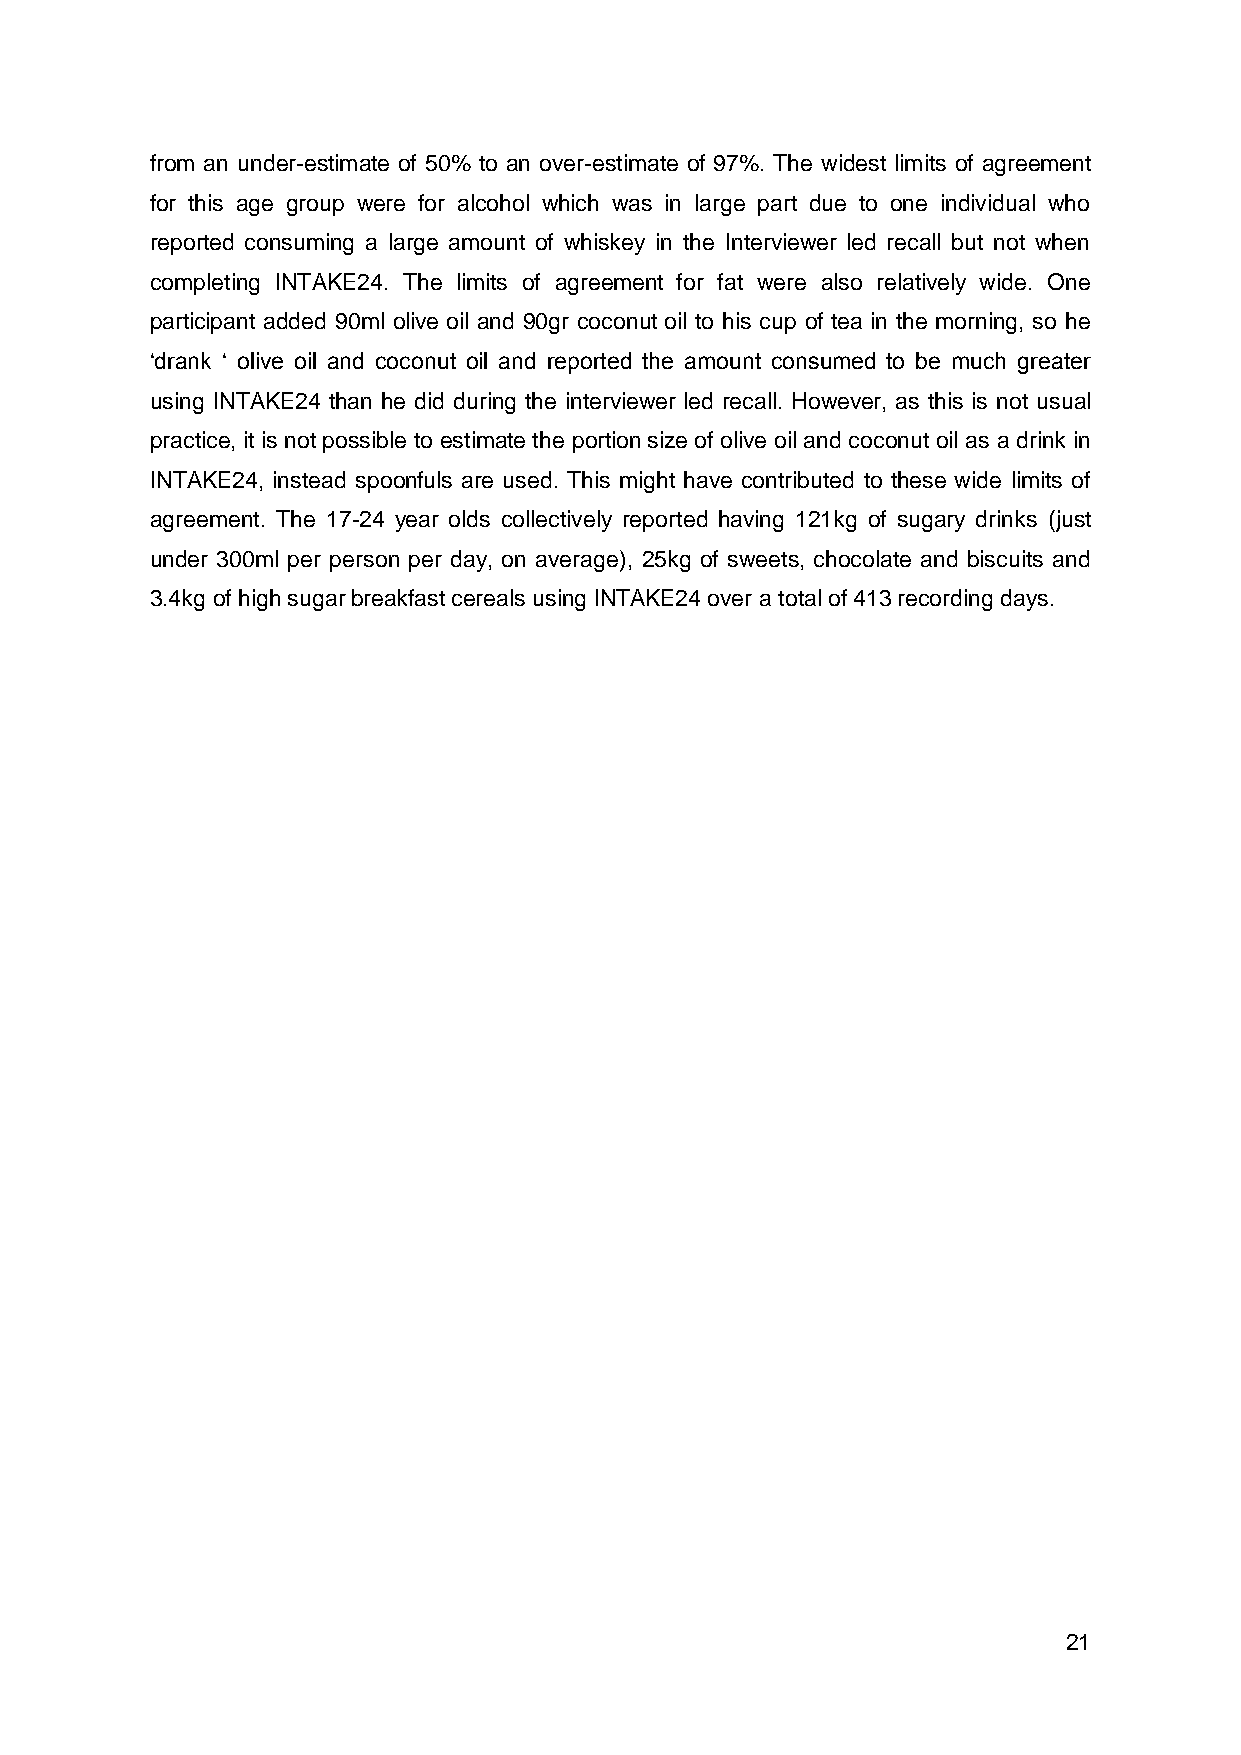
from an under-estimate of 50% to an over-estimate of 97%. The widest limits of agreement
 for this age group were for alcohol which was in large part due to one individual who
 reported consuming a large amount of whiskey in the Interviewer led recall but not when
 completing INTAKE24. The limits of agreement for fat were also relatively wide. One
 participant added 90ml olive oil and 90gr coconut oil to his cup of tea in the morning, so he
 ‘drank ‘ olive oil and coconut oil and reported the amount consumed to be much greater
 using INTAKE24 than he did during the interviewer led recall. However, as this is not usual
 practice, it is not possible to estimate the portion size of olive oil and coconut oil as a drink in
 INTAKE24, instead spoonfuls are used. This might have contributed to these wide limits of
 agreement. The 17-24 year olds collectively reported having 121kg of sugary drinks (just
 under 300ml per person per day, on average), 25kg of sweets, chocolate and biscuits and
 3.4kg of high sugar breakfast cereals using INTAKE24 over a total of 413 recording days.
 21